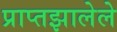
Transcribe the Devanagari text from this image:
प्राप्तझालेले